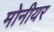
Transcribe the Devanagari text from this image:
मोनीयर